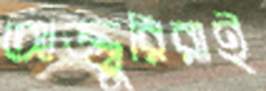
আজ্জুরিরাই